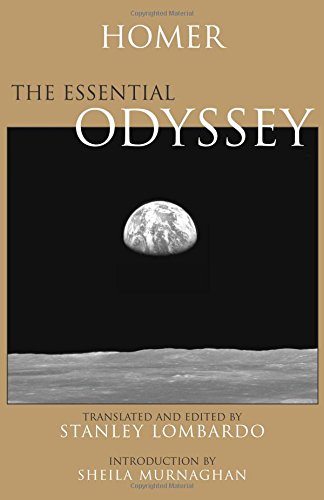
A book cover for The Essential Odyssey (Hackett Classics); Homer; Literature & Fiction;